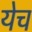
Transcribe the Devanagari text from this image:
येच